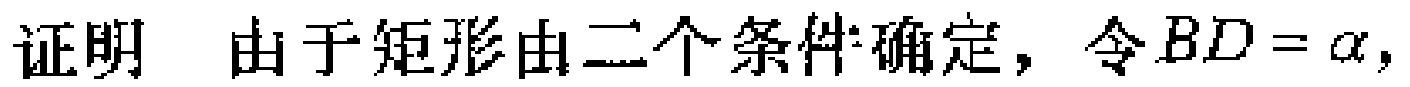
证明 由于矩形由二个条件确定，令\(BD = \alpha\)，